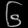
Digit: ၆